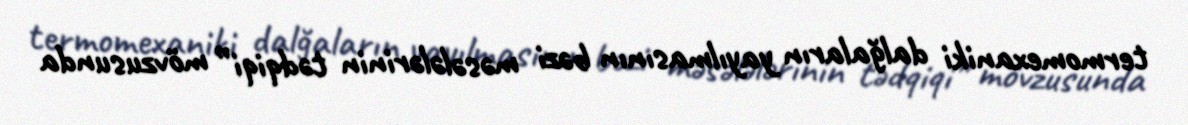
termomexaniki dalğaların yayılmasının bəzi məsələlərinin tədqiqi” mövzusunda